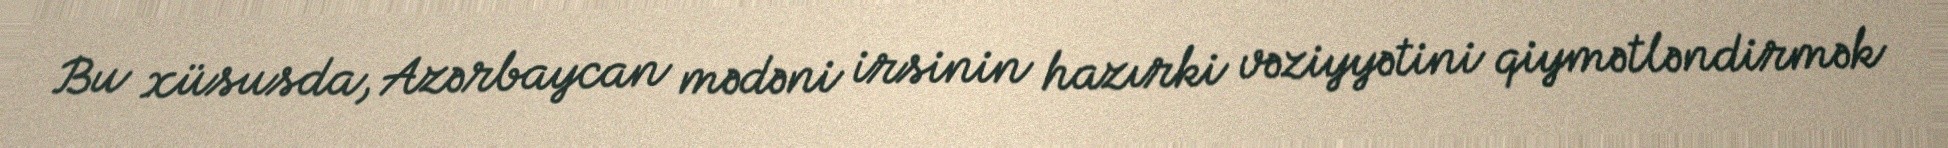
Bu xüsusda, Azərbaycan mədəni irsinin hazırki vəziyyətini qiymətləndirmək